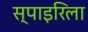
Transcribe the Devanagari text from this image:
स्पाइरिला